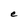
Character: e